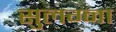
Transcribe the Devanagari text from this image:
सुलग्ना